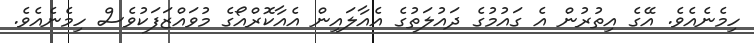
ހިމެނެއެވެ. އޭގެ އިތުރުން އެ ގައުމުގެ ދައުލަތުގެ އެއާލައިން އެއާކޮރްއޯގެ މުވައްޒަފަކުވެސް ހިމެނެއެވެ.